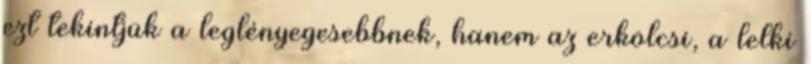
ezt tekintjük a leglényegesebbnek, hanem az erkölcsi, a lelki